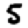
Digit: 5